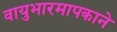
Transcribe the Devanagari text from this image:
वायुभारमापकाने